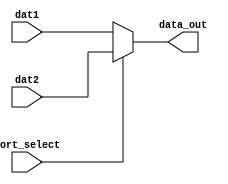
`timescale 1ns / 1ps

module Mux2x1(
input port_select,
input [31:0] dat1,
input [31:0] dat2,
output reg [31:0] data_out
    );
	 
	 
always @* begin
	if(port_select)
		data_out = dat2;
	else
		data_out = dat1;
end


endmodule